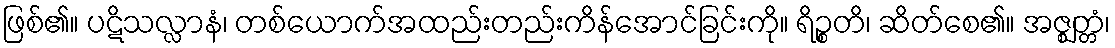
ဖြစ်၏။ ပဋိသလ္လာနံ၊ တစ်ယောက်အထည်းတည်းကိန်အောင်ခြင်းကို။ ရိဉ္စတိ၊ ဆိတ်စေ၏။ အဇ္ဈတ္တံ၊